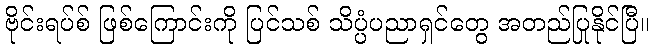
ဗိုင်းရပ်စ် ဖြစ်ကြောင်းကို ပြင်သစ် သိပ္ပံပညာရှင်တွေ အတည်ပြုနိုင်ပြီ။